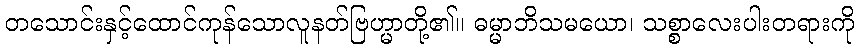
တသောင်းနှင့်ထောင်ကုန်သောလူနတ်ဗြဟ္မာတို့၏။ ဓမ္မာဘိသမယော၊ သစ္စာလေးပါးတရားကို